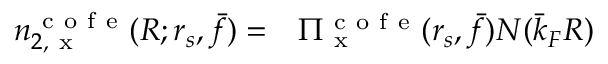
\begin{array} { r l } { n _ { 2 , \mathrm { ~ x ~ } } ^ { \mathrm { ~ c ~ o ~ f ~ e ~ } } ( R ; r _ { s } , \bar { f } ) = } & { { } \Pi _ { \mathrm { ~ x ~ } } ^ { \mathrm { ~ c ~ o ~ f ~ e ~ } } ( r _ { s } , \bar { f } ) N ( \bar { k } _ { F } R ) } \end{array}